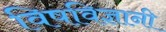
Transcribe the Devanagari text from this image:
विषविज्ञानी